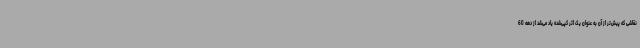
نقاشی که پیش‌تر از آن به عنوان یک اثر کپی‌شده یاد می‌شد از دهه 60